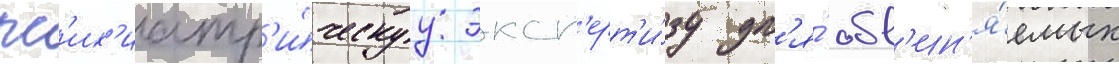
пс'их'иатр'и́ческуу эксп'ерт'и́зу дл'я́ обв'ин'я́емых